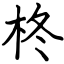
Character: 柊